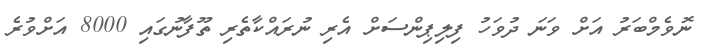
ނޮވެމްބަރު އަށް ވަނަ ދުވަހު ފިލިޕިންސަށް އެރި ނުރައްކާތެރި ތޫފާނުގައި 8000 އަށްވުރެ